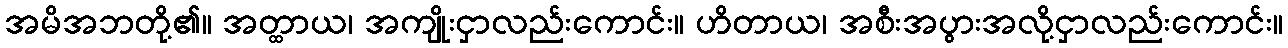
အမိအဘတို့၏။ အတ္ထာယ၊ အကျိုးငှာလည်းကောင်း။ ဟိတာယ၊ အစီးအပွားအလို့ငှာလည်းကောင်း။